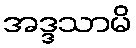
အဒ္ဒသာမိ